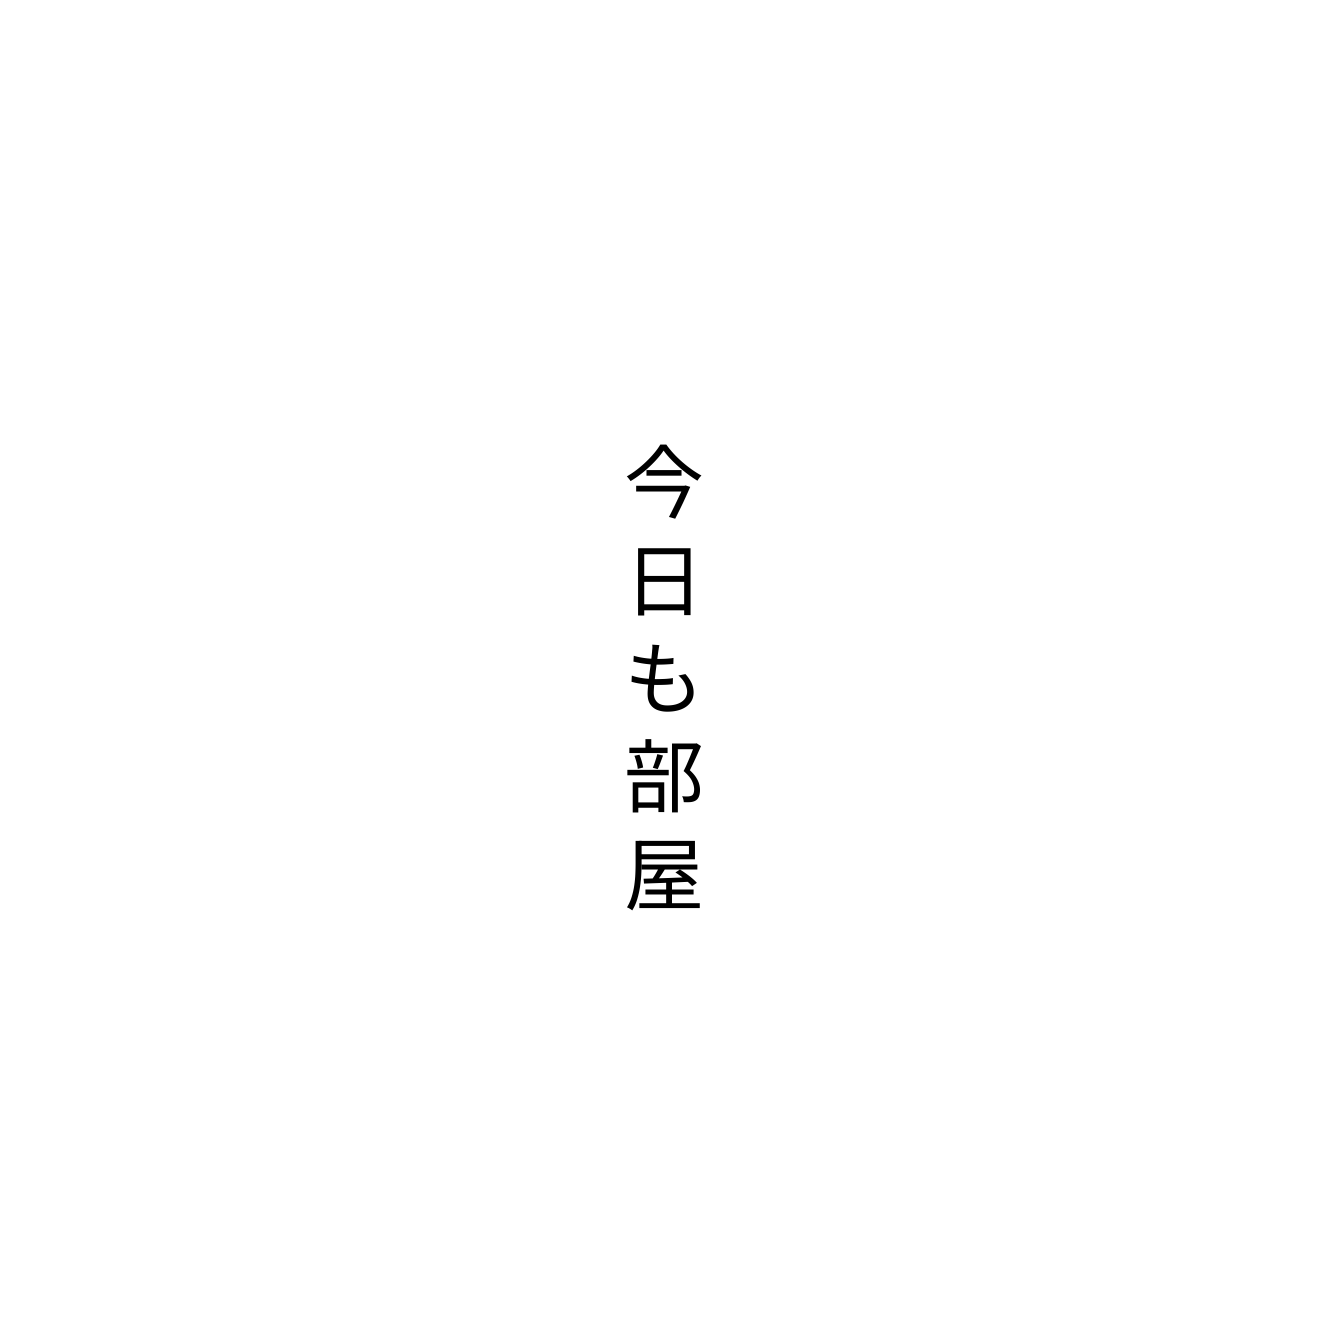
今日も部屋